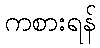
ကစားရန်